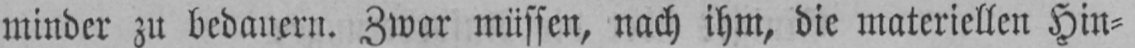
minder zu bedauern. Zwar müssen, nach ihm, die materiellen Hin⸗